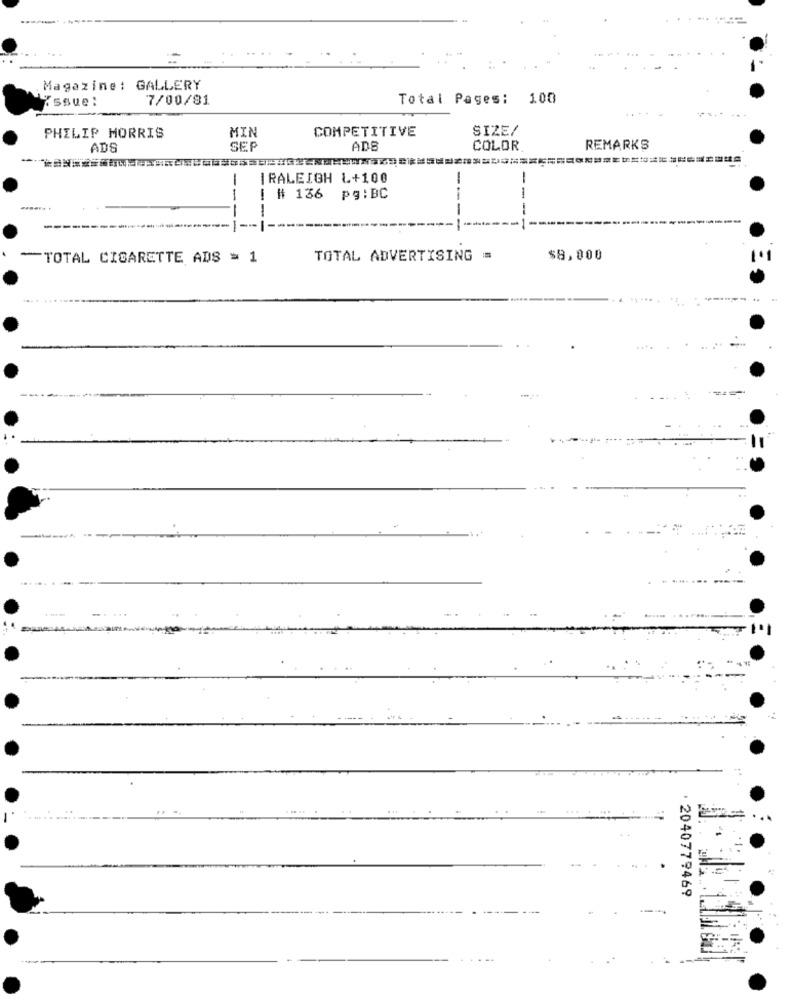
Magazine: GALLERY
Issue:
7/00/81
Total Pages: 100
MIN
COMPETITIVE
SIZE/
PHILIP MORRIS
ADS
ADE
COLOR
REMARKS
-
-
IRALEIGH L+100
-
[ # 136 pg:BC
---
--
TOTAL CIGARETTE ADS = 1
TOTAL ADVERTISING =
$8,000
2040779469